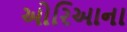
ઓરિઆના